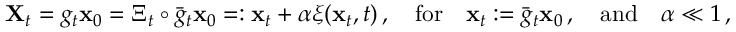
\begin{array} { r } { \mathbf { X } _ { t } = g _ { t } { \mathbf { x } } _ { 0 } = \Xi _ { t } \circ \bar { g } _ { t } { \mathbf { x } } _ { 0 } = : { \mathbf { x } } _ { t } + \alpha \boldsymbol { \xi } ( { \mathbf { x } } _ { t } , t ) \, , \quad \mathrm { f o r } \quad \mathbf { x } _ { t } : = \bar { g } _ { t } { \mathbf { x } } _ { 0 } \, , \quad \mathrm { a n d } \quad \alpha \ll 1 \, , } \end{array}